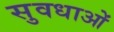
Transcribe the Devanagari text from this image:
सुवधाओं